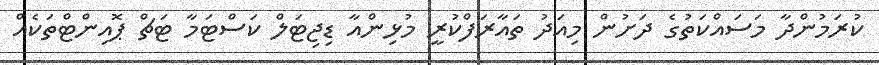
ކުރަމުންދާ މަސައްކަތުގެ ދަށުން މިއަދު ތައާރަފްކުރީ މުޅިންއާ ޑިޖިޓަލް ކަސްޓަމާ ޓަޗް ޕޮއިންޓްތަކެއް